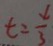
t = \frac { 4 } { 3 }